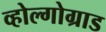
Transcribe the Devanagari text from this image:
व्होल्गोग्राड